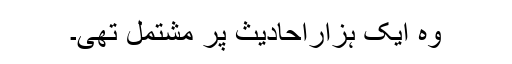
وہ ایک ہزاراحادیث پر مشتمل تھی۔